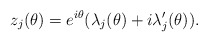
\begin{align*} z_j(\theta) = e^{i \theta}(\lambda_j(\theta) + i \lambda_j'(\theta)). \end{align*}